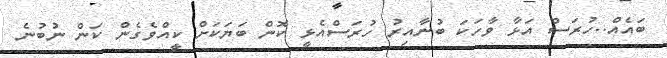
ބައެއް..ހުރަސް އަޅާ ވާހަކަ ބުނާއިރު ހުރަސްއެޅީ ކޮން ބަޔަކަށް ކީއްވެގެން ކަން ނުބުނެ